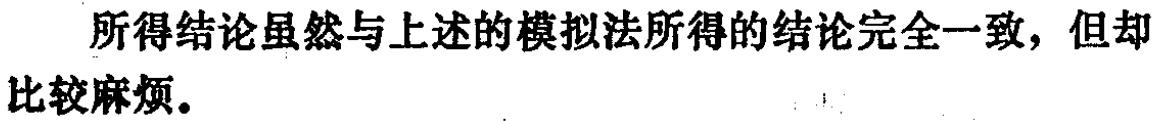
所得结论虽然与上述的模拟法所得的结论完全一致，但却比较麻烦。